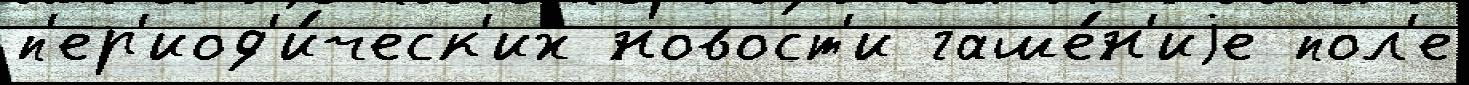
п'ер'иод'и́ческ'их новост'и гаше́н'иjе пол'е